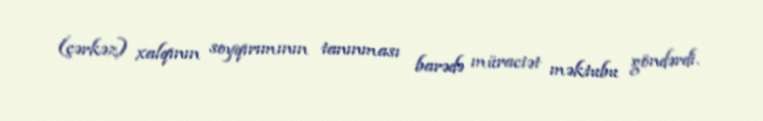
(çərkəz) xalqının soyqırımının tanınması barədə müraciət məktubu göndərdi.